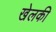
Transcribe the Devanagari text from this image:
खेलकी